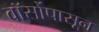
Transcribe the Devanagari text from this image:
वॉर्सोपासून